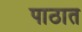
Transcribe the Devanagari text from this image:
पाठात